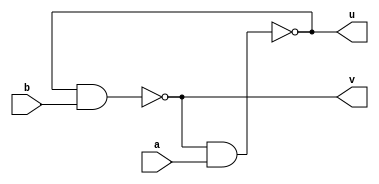
module latch (u,v,a,b);
	
	input a,b;
	output u,v;

	nand G1(u,v,a);
	nand  G2(v,u,b);
	
//	nand #1  G2(v,u,b); 		//try
	
endmodule